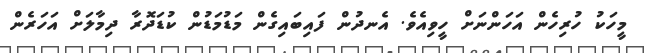
މީހަކު ހުރިހެން އަހަންނަށް ހީވިއެވެ. އެނދުން ފައިބައިގެން މަޑުމަޑުން ކުޑަދޮރާ ދިމާލަށް އަހަރެން